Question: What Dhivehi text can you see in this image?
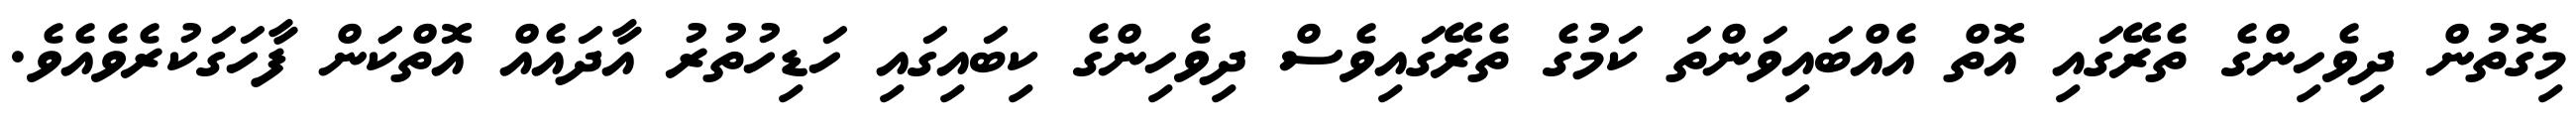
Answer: މިގޮތުން ދިވެހިންގެ ތެރޭގައި އޮތް އެއްބައިވަންތަ ކަމުގެ ތެރޭގައިވެސް ދިވެހިންގެ ކިބައިގައި ހަޑިހުތުރު އާދައެއް އޮތްކަަން ފާހަގަކުރެވެއެވެ.